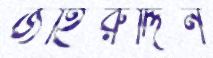
জহিরুদ্দিন